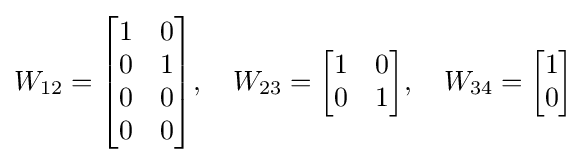
W_{12}={\begin{bmatrix}1&0\\0&1\\0&0\\0&0\\\end{bmatrix}},\quad W_{23}={\begin{bmatrix}1&0\\0&1\\\end{bmatrix}},\quad W_{34}={\begin{bmatrix}1\\0\\\end{bmatrix}}